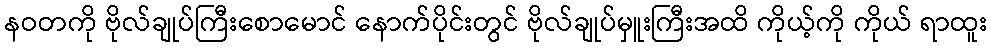
နဝတကို ဗိုလ်ချုပ်ကြီးစောမောင် နောက်ပိုင်းတွင် ဗိုလ်ချုပ်မှူးကြီးအထိ ကိုယ့်ကို ကိုယ် ရာထူး